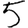
Digit: 5